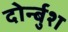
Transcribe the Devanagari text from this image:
दोर्न्बुश